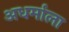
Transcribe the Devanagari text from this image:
अधर्माला